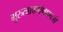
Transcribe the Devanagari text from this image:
गुरुत्वाकर्षणाएवजी